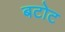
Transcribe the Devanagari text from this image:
बटोट